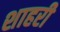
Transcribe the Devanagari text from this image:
शाहरी